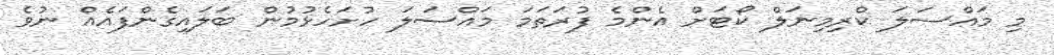
މި މައްސަލަ ކްރިމިނަލް ކޯޓަށް އެންމެ ފުރަތަމަ މައްސަލަ ހުށަހެޅުމުން ބަލައިގެންފައެއް ނުވެ